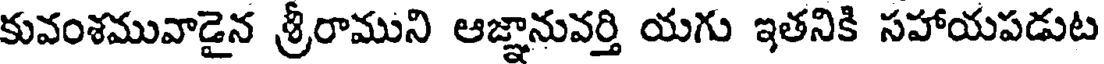
కువంశమువాడైన శ్రీరాముని ఆజ్ఞానువర్తి యగు ఇతనికి సహాయపడుట